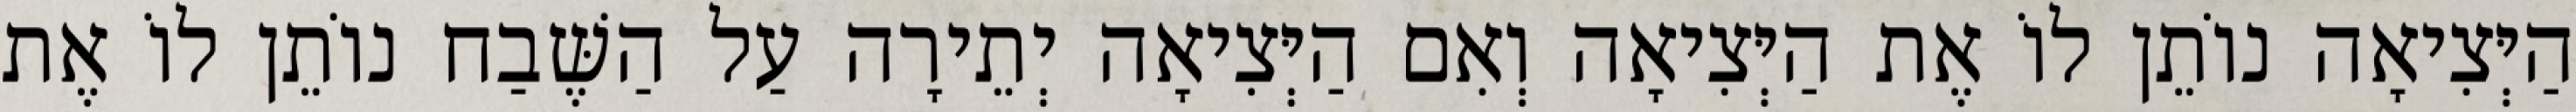
הַיְּצִיאָה נוֹתֵן לוֹ אֶת הַיְּצִיאָה וְאִם הַיְּצִיאָה יְתֵירָה עַל הַשֶּׁבַח נוֹתֵן לוֹ אֶת